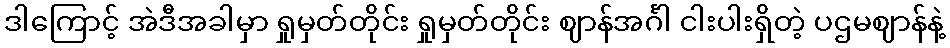
ဒါကြောင့် အဲဒီအခါမှာ ရှုမှတ်တိုင်း ရှုမှတ်တိုင်း ဈာန်အင်္ဂါ ငါးပါးရှိတဲ့ ပဌမဈာန်နဲ့